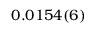
0 . 0 1 5 4 ( 6 )